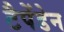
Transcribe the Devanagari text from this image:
टैपेंडेन